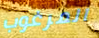
المرغوب